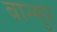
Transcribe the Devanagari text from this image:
बान्सुर